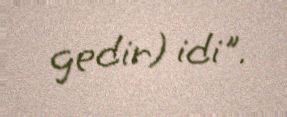
gedir) idi".